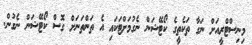
މިނިސްޓްރީއަށް ނަގާ ތަކެތީގެ ކޯޓޭޝަން ނެގުމަށްޓަކައި އެ ތަންތަނަށް ގޮސް ކޯޓޭޝަން ނެގުން.